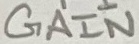
Text: GAIN